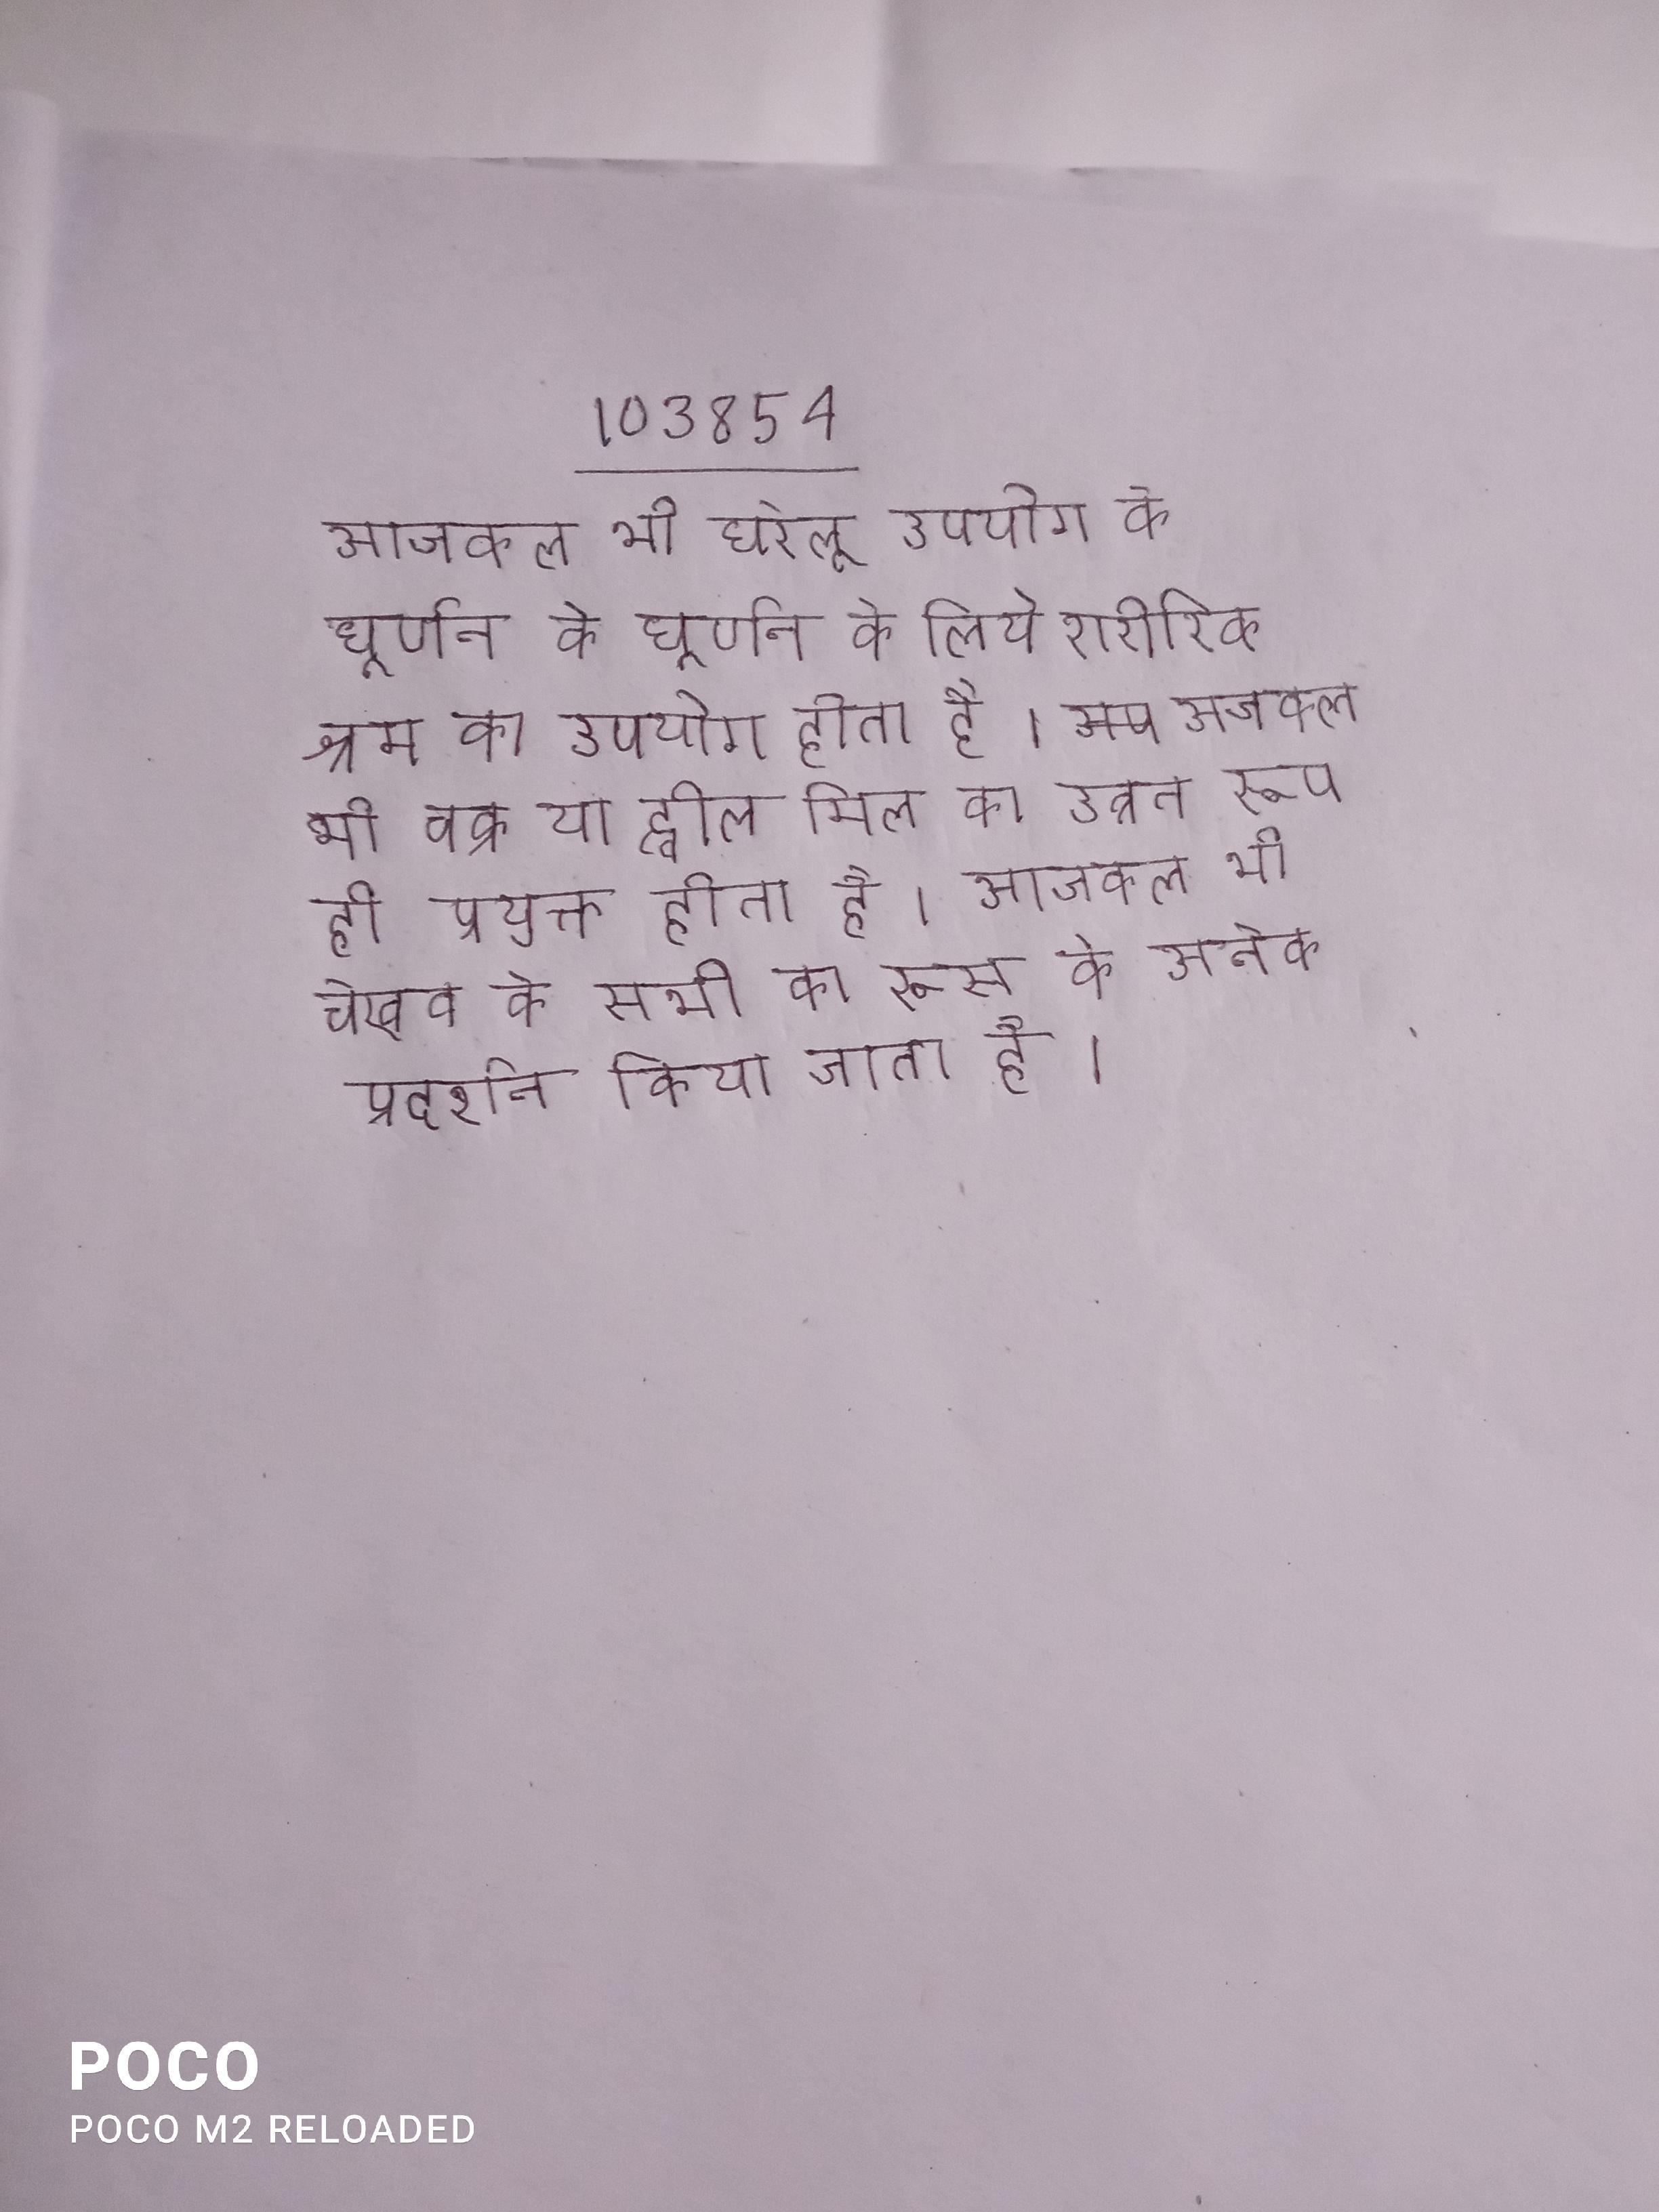
आजकल भी घरेलू उपयोग के घूर्णन के लिये शारीरिक श्रम का उपयोग होता है । आजकल भी चक्र या ह्वील मिल का उन्नत रूप ही प्रयुक्त होता है । आजकल भी चेखव के सभी का रूस के अनेक प्रदर्शन किया जाता है ।